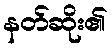
နတ်ဆိုး၏